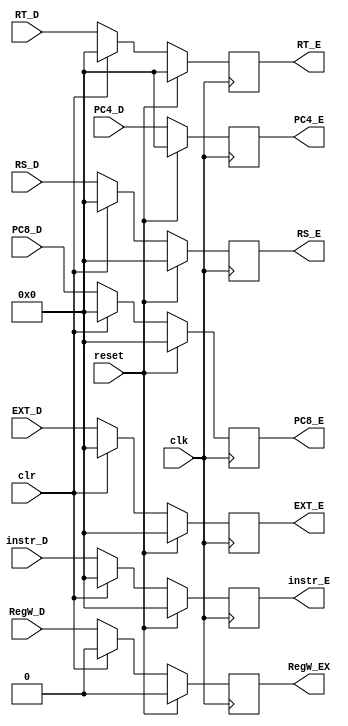
`timescale 1ns / 1ps
//////////////////////////////////////////////////////////////////////////////////
// Company: 
// Engineer: 
// 
// Design Name: 
// Module Name:    IDEX 
// Project Name: 
// Target Devices: 
// Tool versions: 
// Description: 
//
// Dependencies: 
//
// Revision: 
// Revision 0.01 - File Created
// Additional Comments: 
//
//////////////////////////////////////////////////////////////////////////////////
module IDEX(
    input clk,
    input reset,
    input clr,
    input [31:0] instr_D,
    input [31:0] PC4_D,
    input [31:0] PC8_D,
    input [31:0] RS_D,
    input [31:0] RT_D,
    input [31:0] EXT_D,
	 input RegW_D,
    output reg [31:0] instr_E,
    output reg [31:0] PC4_E,
    output reg [31:0] PC8_E,
    output reg [31:0] RS_E,
    output reg [31:0] RT_E,
    output reg [31:0] EXT_E,
	 output reg RegW_EX
    );
	 
	 initial begin
	     instr_E=0;
		  PC4_E=0;
		  PC8_E=0;
		  RS_E=0;
		  RT_E=0;
		  EXT_E=0;
		  RegW_EX=0;
	 end
	 
	 always@(posedge clk)begin
	     if(reset==1)begin
		    instr_E<=0;
				PC4_E<=0;
				PC8_E<=0;
				RS_E<=0;
				RT_E<=0;
				EXT_E<=0;
				RegW_EX=0;
		  end
		  else if(clr==1)begin
		      instr_E<=0;
				PC4_E<=PC4_D;
				PC8_E<=0;
				RS_E<=0;
				RT_E<=0;
				EXT_E<=0;
				RegW_EX=0;
		  end
		  else begin
		      instr_E<=instr_D;
				PC4_E<=PC4_D;
				PC8_E<=PC8_D;
				RS_E<=RS_D;
				RT_E<=RT_D;
				EXT_E<=EXT_D;
				RegW_EX=RegW_D;
		  end
	 end


endmodule